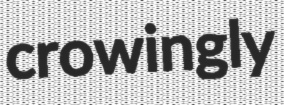
crowingly